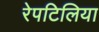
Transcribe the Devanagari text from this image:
रेपटिलिया